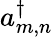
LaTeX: a_{m,n}^{\dagger}